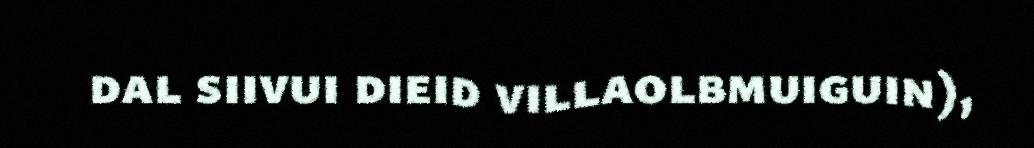
dal siivui dieid villaolbmuiguin),